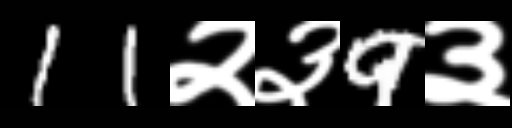
Text: 11२३9३